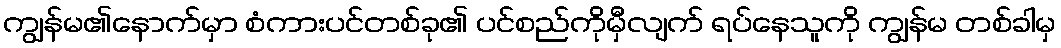
ကျွန်မ၏နောက်မှာ စံကားပင်တစ်ခု၏ ပင်စည်ကိုမှီလျက် ရပ်နေသူကို ကျွန်မ တစ်ခါမှ